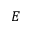
E